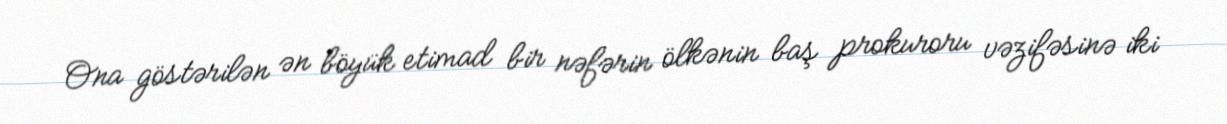
Ona göstərilən ən böyük etimad bir nəfərin ölkənin baş prokuroru vəzifəsinə iki